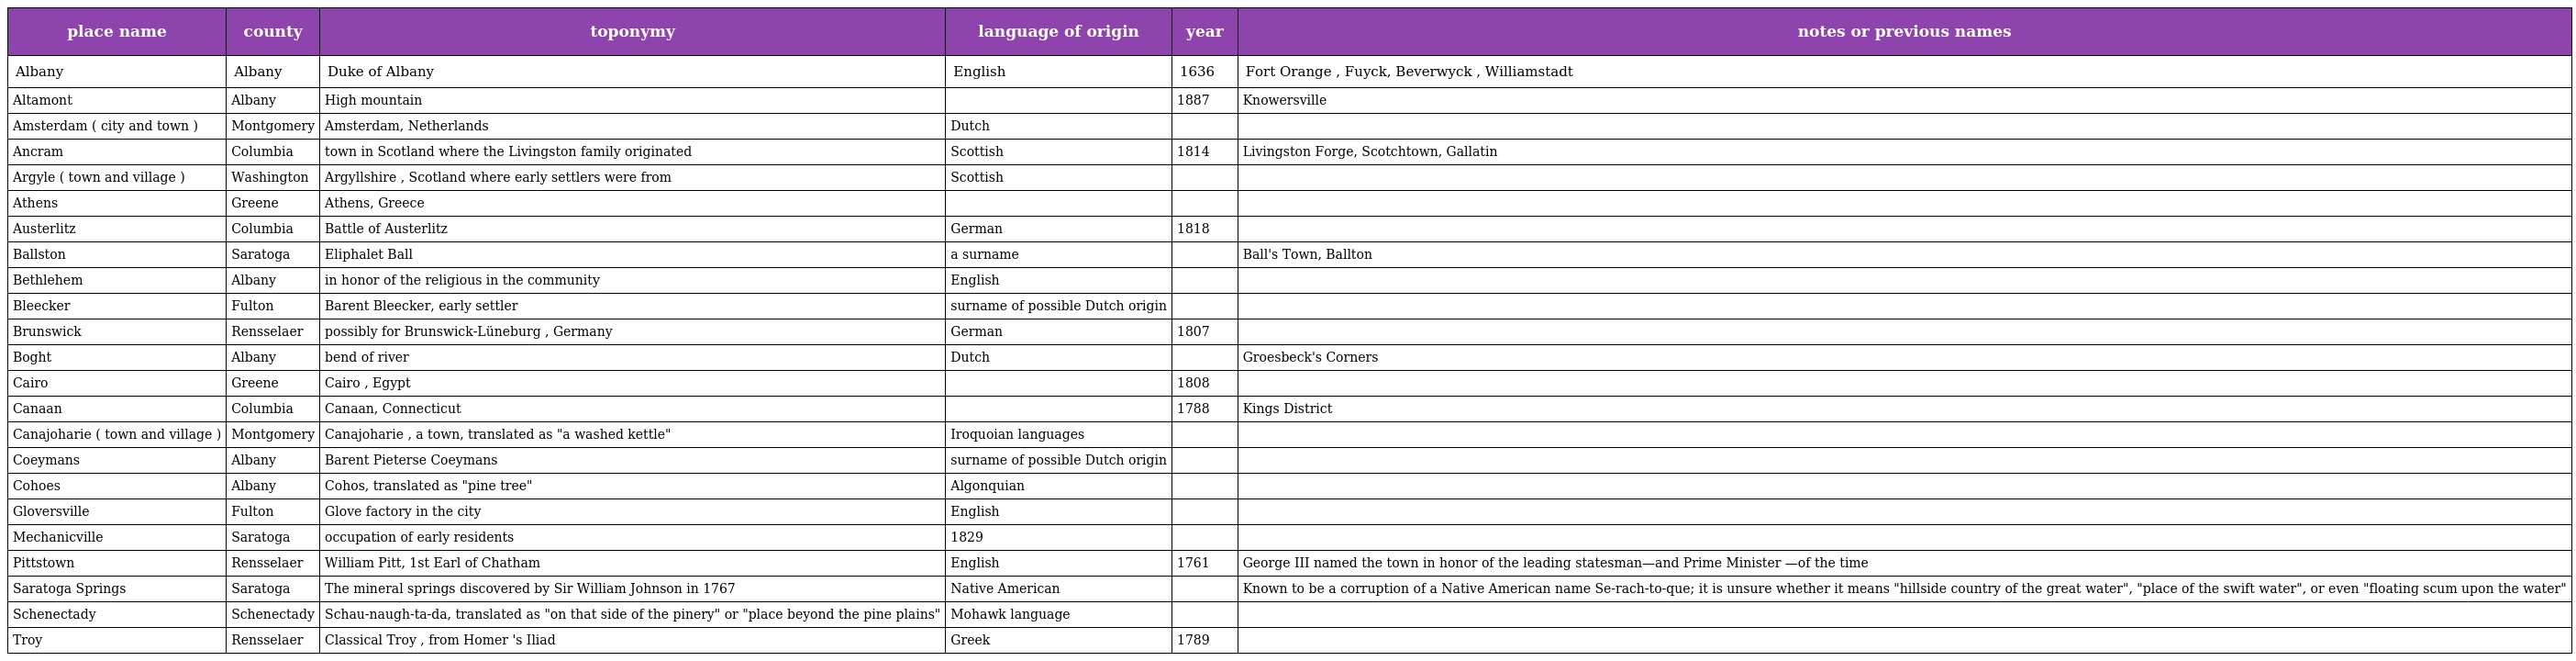
| place name | county | toponymy | language of origin | year | notes or previous names |
 | --- | --- | --- | --- | --- | --- |
 | Albany | Albany | Duke of Albany | English | 1636 | Fort Orange , Fuyck, Beverwyck , Williamstadt |
 | Altamont | Albany | High mountain |  | 1887 | Knowersville |
 | Amsterdam ( city and town ) | Montgomery | Amsterdam, Netherlands | Dutch |  |  |
 | Ancram | Columbia | town in Scotland where the Livingston family originated | Scottish | 1814 | Livingston Forge, Scotchtown, Gallatin |
 | Argyle ( town and village ) | Washington | Argyllshire , Scotland where early settlers were from | Scottish |  |  |
 | Athens | Greene | Athens, Greece |  |  |  |
 | Austerlitz | Columbia | Battle of Austerlitz | German | 1818 |  |
 | Ballston | Saratoga | Eliphalet Ball | a surname |  | Ball's Town, Ballton |
 | Bethlehem | Albany | in honor of the religious in the community | English |  |  |
 | Bleecker | Fulton | Barent Bleecker, early settler | surname of possible Dutch origin |  |  |
 | Brunswick | Rensselaer | possibly for Brunswick-Lüneburg , Germany | German | 1807 |  |
 | Boght | Albany | bend of river | Dutch |  | Groesbeck's Corners |
 | Cairo | Greene | Cairo , Egypt |  | 1808 |  |
 | Canaan | Columbia | Canaan, Connecticut |  | 1788 | Kings District |
 | Canajoharie ( town and village ) | Montgomery | Canajoharie , a town, translated as "a washed kettle" | Iroquoian languages |  |  |
 | Coeymans | Albany | Barent Pieterse Coeymans | surname of possible Dutch origin |  |  |
 | Cohoes | Albany | Cohos, translated as "pine tree" | Algonquian |  |  |
 | Gloversville | Fulton | Glove factory in the city | English |  |  |
 | Mechanicville | Saratoga | occupation of early residents | 1829 |  |  |
 | Pittstown | Rensselaer | William Pitt, 1st Earl of Chatham | English | 1761 | George III named the town in honor of the leading statesman—and Prime Minister —of the time |
 | Saratoga Springs | Saratoga | The mineral springs discovered by Sir William Johnson in 1767 | Native American |  | Known to be a corruption of a Native American name Se-rach-to-que; it is unsure whether it means "hillside country of the great water", "place of the swift water", or even "floating scum upon the water" |
 | Schenectady | Schenectady | Schau-naugh-ta-da, translated as "on that side of the pinery" or "place beyond the pine plains" | Mohawk language |  |  |
 | Troy | Rensselaer | Classical Troy , from Homer 's Iliad | Greek | 1789 |  |